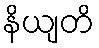
နိယျတိ